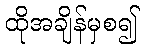
ထိုအချိန်မှစ၍